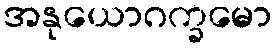
အနုယောဂက္ခမော